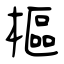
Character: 樞